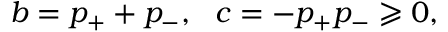
\begin{array} { r } { b = p _ { + } + p _ { - } , \ \ c = - p _ { + } p _ { - } \geqslant 0 , } \end{array}